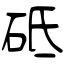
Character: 砥